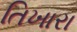
તિખારા